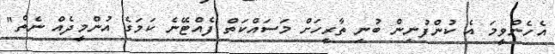
އެހެންވީމަ އެ ކުންފުނިން ބުނި ތާރީހަށް މަސައްކަތް ފެއްޓޭނެ ކަމަގެ އުންމީދެއް ނެތް"